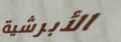
الأبرشية